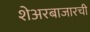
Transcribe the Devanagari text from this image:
शेअरबाजारची